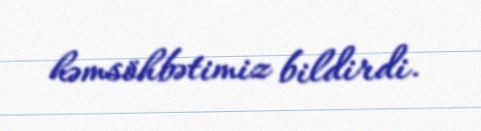
həmsöhbətimiz bildirdi.